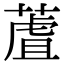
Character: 蔖